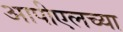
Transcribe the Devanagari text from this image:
आपीएलच्या